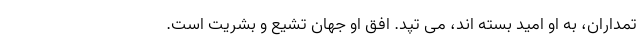
تمداران، به او امید بسته اند، می تپد. افق او جهان تشیع و بشریت است.